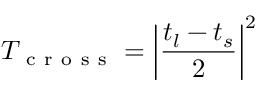
T _ { \mathrm { ~ c ~ r ~ o ~ s ~ s ~ } } = \left| \frac { t _ { l } - t _ { s } } { 2 } \right| ^ { 2 }